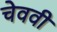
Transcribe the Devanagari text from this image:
चेववी